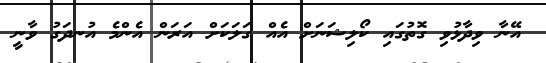
އޭނާ ވިދާޅުވި ގޮތުގައި ކޯލިޝަނަށް އެއް ގަލަކަށް އަރަން އެންމެ އުނދަގު ވާނީ